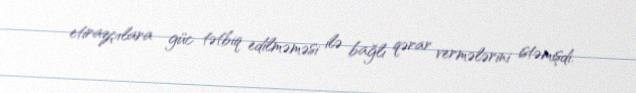
etirazçılara güc tətbiq edilməməsi ilə bağlı qərar vermələrini istəmişdi.